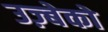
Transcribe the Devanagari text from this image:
उज़्बेको